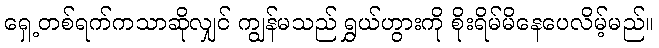
ရှေ့တစ်ရက်ကသာဆိုလျှင် ကျွန်မသည် ရွှယ်ဟွားကို စိုးရိမ်မိနေပေလိမ့်မည်။